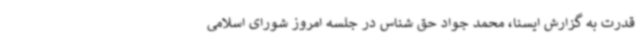
قدرت به گزارش ایسنا، محمد جواد حق شناس در جلسه امروز شورای اسلامی